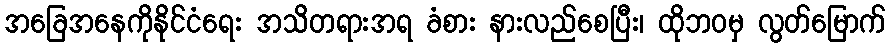
အခြေအနေကိုနိုင်ငံရေး အသိတရားအရ ခံစား နားလည်စေပြီး၊ ထိုဘဝမှ လွတ်မြောက်